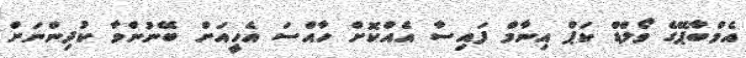
އެމްބާޕޭގެ ވޯލްޑް ކަޕް އިނާމް ފައިސާ އެއްކޮށް ހާއްސަ އެހީއަށް ބޭނުންވާ ކުދިންނަށް